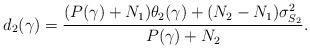
LaTeX: \begin{align*}d_2(\gamma)=\frac{(P(\gamma)+N_1)\theta_2(\gamma)+(N_2-N_1)\sigma^2_{S_2}}{P(\gamma)+N_2}.\end{align*}